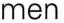
men